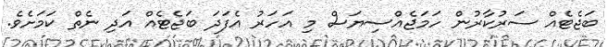
ބަޖެޓެއް ސަރުކާރުން ހަމަޖެއްސިޔަސް މި އަހަރު އެފަދަ ބަޖެޓެއް އަދި ނެތް ކަމަށެވެ.